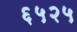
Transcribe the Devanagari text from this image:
६५२५